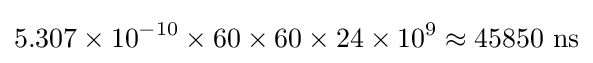
5.307\times 10^{-10}\times 60\times 60\times 24\times 10^{9}\approx 45850{\text{ ns}}